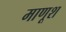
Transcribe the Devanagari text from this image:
माणूश